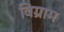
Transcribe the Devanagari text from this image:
विग्राम